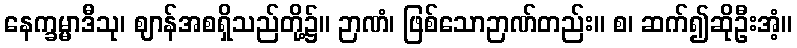
နေက္ခမ္မာဒီသု၊ ဈာန်အစရှိသည်တို့၌။ ဉာဏံ၊ ဖြစ်သောဉာဏ်တည်း။ စ၊ ဆက်၍ဆိုဦးအံ့။